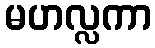
မဟလ္လကာ